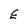
Character: E